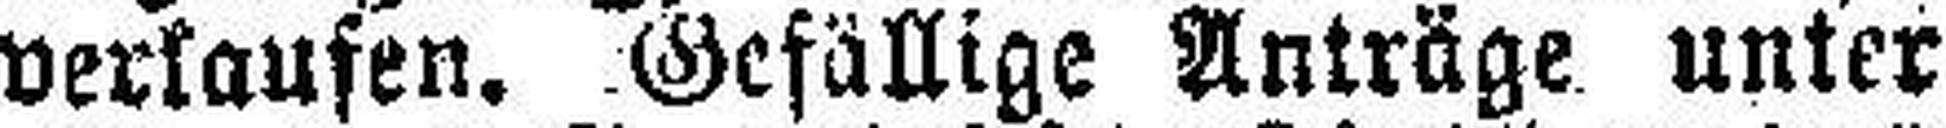
verkaufen. Gefällige Anträge unter